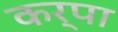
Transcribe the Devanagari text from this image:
कर्पा